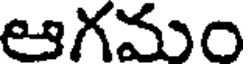
ఆగమం